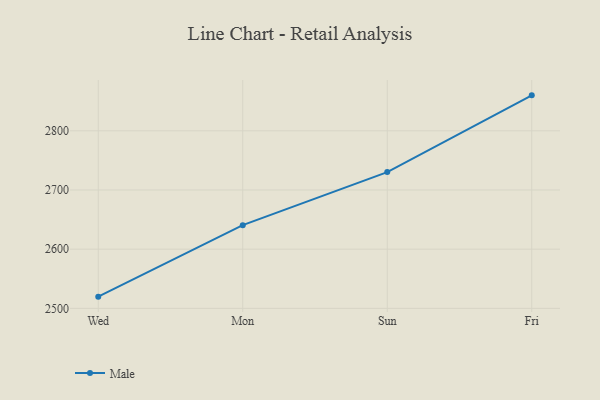
{"axis": {"x": "Day", "y": "Website Visitors"}, "legend": ["Male"], "data": [{"x": "Wed", "y": 2519.8, "type": "Male"}, {"x": "Mon", "y": 2640.6, "type": "Male"}, {"x": "Sun", "y": 2730.2, "type": "Male"}, {"x": "Fri", "y": 2859.9, "type": "Male"}]}